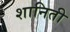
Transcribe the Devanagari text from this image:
शानिती